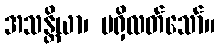
အသန္တိယာ၊ မရှိလတ်သော်။